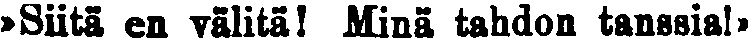
»Siitä en välitä! Minä tahdn tanssia!»